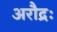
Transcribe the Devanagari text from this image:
अरौद्रः